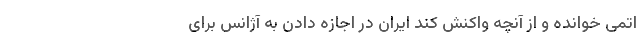
اتمی خوانده و از آنچه واکنش کند ایران در اجازه دادن به آژانس برای